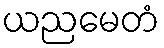
ယညမေတံ